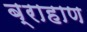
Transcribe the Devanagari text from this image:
ब्राहाण